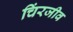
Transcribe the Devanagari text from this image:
चिंरजीव